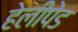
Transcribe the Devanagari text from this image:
हेलीपेड